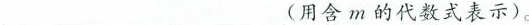
___(用含m的代数式表示)。